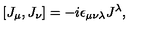
[ J _ { \mu } , J _ { \nu } ] = - i \epsilon _ { \mu \nu \lambda } J ^ { \lambda } ,